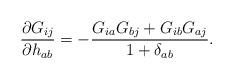
LaTeX: \begin{align*}\frac{\partial G_{ij}}{\partial h_{ab}}=-\frac{G_{ia}G_{bj}+G_{ib}G_{aj}}{1+\delta_{ab}}.\end{align*}